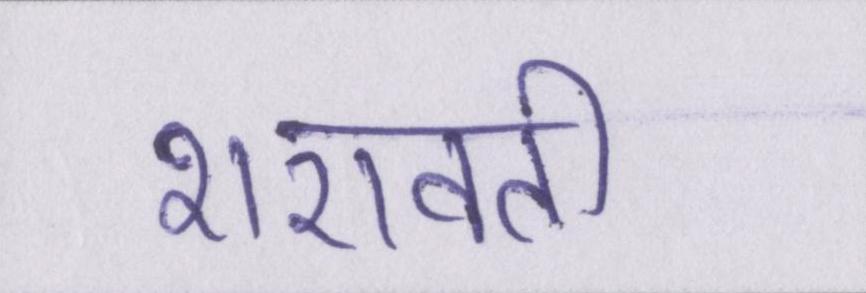
शरावती